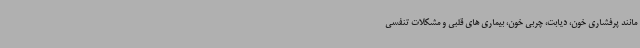
مانند پرفشاری خون، دیابت، چربی خون، بیماری های قلبی و مشکلات تنفسی